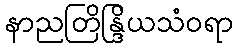
နာညတြိန္ဒြိယသံဝရာ